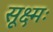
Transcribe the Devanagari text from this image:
सूक्ष्मः